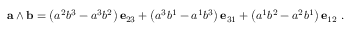
\mathbf { a } \wedge \mathbf { b } = \left( a ^ { 2 } b ^ { 3 } - a ^ { 3 } b ^ { 2 } \right) \mathbf { e } _ { 2 3 } + \left( a ^ { 3 } b ^ { 1 } - a ^ { 1 } b ^ { 3 } \right) \mathbf { e } _ { 3 1 } + \left( a ^ { 1 } b ^ { 2 } - a ^ { 2 } b ^ { 1 } \right) \mathbf { e } _ { 1 2 } \ .